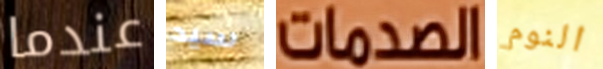
عندما سيد الصدمات النوم